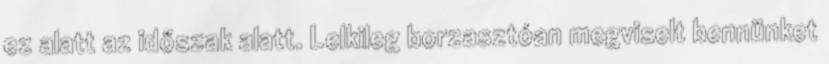
ez alatt az időszak alatt. Lelkileg borzasztóan megviselt bennünket